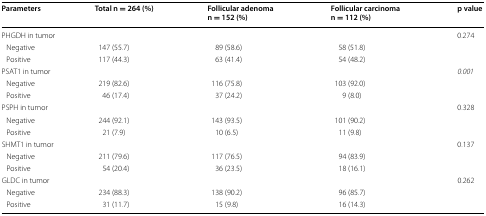
<table><thead><tr><td><b>Parameters</b></td><td><b>Total n = 264 (%)</b></td><td><b>Follicular adenoma n = 152 (%)</b></td><td><b>Follicular carcinoma n = 112 (%)</b></td><td><b>p value</b></td></tr></thead><tbody><tr><td colspan="4">PHGDH in tumor</td><td>0.274</td></tr><tr><td> Negative</td><td>147 (55.7)</td><td>89 (58.6)</td><td>58 (51.8)</td><td></td></tr><tr><td> Positive</td><td>117 (44.3)</td><td>63 (41.4)</td><td>54 (48.2)</td><td></td></tr><tr><td colspan="4">PSAT1 in tumor</td><td><i>0.001</i></td></tr><tr><td> Negative</td><td>219 (82.6)</td><td>116 (75.8)</td><td>103 (92.0)</td><td></td></tr><tr><td> Positive</td><td>46 (17.4)</td><td>37 (24.2)</td><td>9 (8.0)</td><td></td></tr><tr><td colspan="4">PSPH in tumor</td><td>0.328</td></tr><tr><td> Negative</td><td>244 (92.1)</td><td>143 (93.5)</td><td>101 (90.2)</td><td></td></tr><tr><td> Positive</td><td>21 (7.9)</td><td>10 (6.5)</td><td>11 (9.8)</td><td></td></tr><tr><td colspan="4">SHMT1 in tumor</td><td>0.137</td></tr><tr><td> Negative</td><td>211 (79.6)</td><td>117 (76.5)</td><td>94 (83.9)</td><td></td></tr><tr><td> Positive</td><td>54 (20.4)</td><td>36 (23.5)</td><td>18 (16.1)</td><td></td></tr><tr><td colspan="4">GLDC in tumor</td><td>0.262</td></tr><tr><td> Negative</td><td>234 (88.3)</td><td>138 (90.2)</td><td>96 (85.7)</td><td></td></tr><tr><td> Positive</td><td>31 (11.7)</td><td>15 (9.8)</td><td>16 (14.3)</td><td></td></tr></tbody></table>